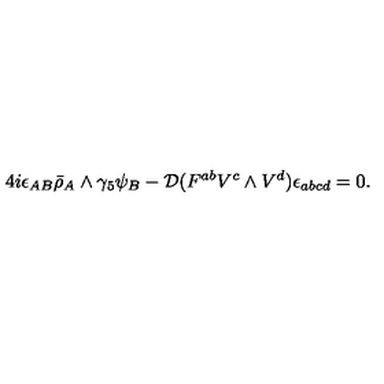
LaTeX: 4 i \epsilon _ { A B } \bar { \rho } _ { A } \wedge \gamma _ { 5 } \psi _ { B } - { \cal D } ( F ^ { a b } V ^ { c } \wedge V ^ { d } ) \epsilon _ { a b c d } = 0 .